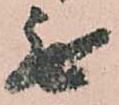
無